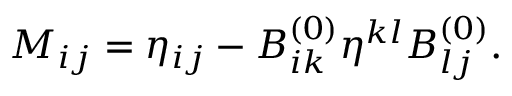
M _ { i j } = \eta _ { i j } - B _ { i k } ^ { ( 0 ) } \eta ^ { k l } B _ { l j } ^ { ( 0 ) } .